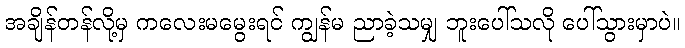
အချိန်တန်လို့မှ ကလေးမမွေးရင် ကျွန်မ ညာခဲ့သမျှ ဘူးပေါ်သလို ပေါ်သွားမှာပဲ။